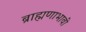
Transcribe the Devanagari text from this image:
ब्राह्मणाभावीं